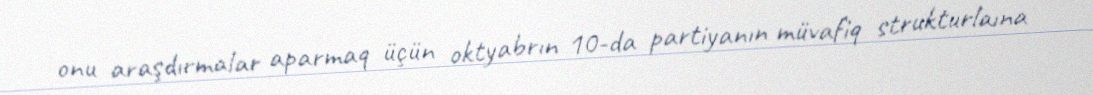
onu araşdırmalar aparmaq üçün oktyabrın 10-da partiyanın müvafiq strukturlaına